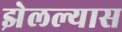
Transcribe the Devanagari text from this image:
झेलल्यास